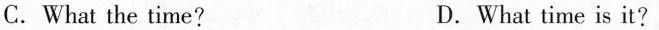
C.What the time? D.What time is it?